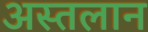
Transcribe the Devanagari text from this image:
अस्तलान